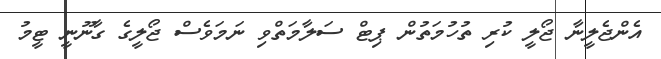
އެންޖެލީނާ ޖޯލީ ކުރި ތުހުމަތުން ޕިޓް ސަލާމަތްވި ނަމަވެސް ޖޯލީގެ ގާނޫނީ ޓީމު